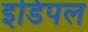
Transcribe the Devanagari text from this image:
इडिपल